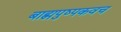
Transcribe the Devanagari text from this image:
बाह्मपुष्पकवच